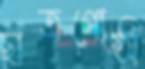
ছাত্রগোষ্ঠী